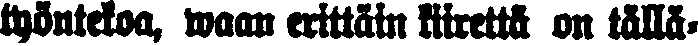
työntekoa, vaan erittäin kiirettä on tällä-